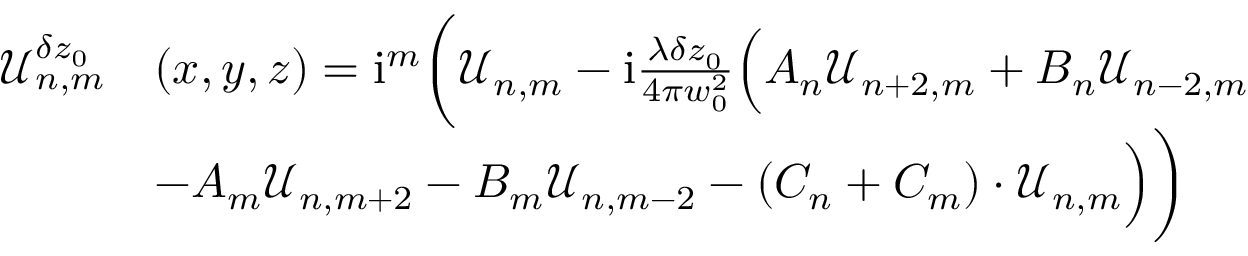
\begin{array} { r l } { \mathcal { U } _ { n , m } ^ { \delta z _ { 0 } } } & { ( x , y , z ) = \mathrm { i } ^ { m } \bigg ( \mathcal { U } _ { n , m } - \mathrm { i } \frac { \lambda \delta z _ { 0 } } { 4 \pi w _ { 0 } ^ { 2 } } \Big ( A _ { n } \mathcal { U } _ { n + 2 , m } + B _ { n } \mathcal { U } _ { n - 2 , m } } \\ & { - A _ { m } \mathcal { U } _ { n , m + 2 } - B _ { m } \mathcal { U } _ { n , m - 2 } - ( C _ { n } + C _ { m } ) \cdot \mathcal { U } _ { n , m } \Big ) \bigg ) } \end{array}